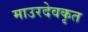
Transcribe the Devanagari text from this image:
माउरदेवकृत